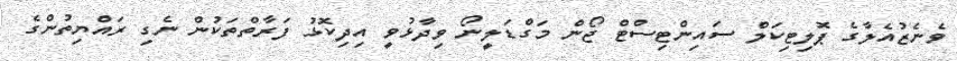
ވެނެޒުއެލާގެ ޕޮލިޓިކަލް ސައިންޓިސްޓް ޖޯން މަގްޑަލީނޯ ވިދާޅުވީ އިދިކޮޅު ފަރާތްތަކުން ނެގި ރައްޔިތުންގެ